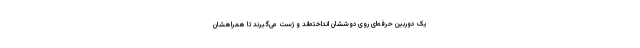
یک دوربین حرفه‌ای روی دوششان انداخته‌اند و ژست می‌گیرند تا همراهشان